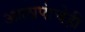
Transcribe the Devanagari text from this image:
आलापांचेही